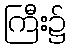
ကြီး၌